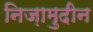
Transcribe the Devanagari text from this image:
निज़ामुदीन